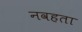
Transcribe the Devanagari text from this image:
नवहता